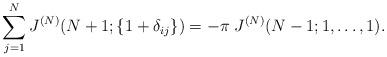
LaTeX: \begin{align*}\sum\limits_{j=1}^N J^{(N)}(N+1; \{ 1+\delta_{ij} \} )= -\pi \; J^{(N)}(N-1; 1, \ldots, 1) .\end{align*}